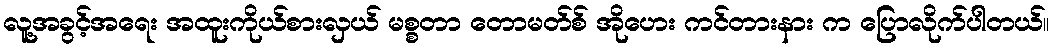
လူ့အခွင့်အရေး အထူးကိုယ်စားလှယ် မစ္စတာ တောမတ်စ် အိုဟေး ကင်တားနား က ပြောလိုက်ပါတယ်။